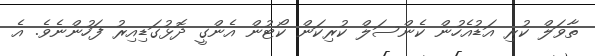
ތާވަލް ކުރި އަޑުއެހުން ކެންސަލް ކުރިކަން ކޯޓުން އެންގީ ދޮޅުގަޑިއިރު ފަހުންނެވެ. އެ